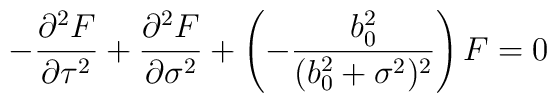
-\frac{{\partial}^{2}F}{{\partial}\tau^{2}} +\frac{{\partial}^{2}F}{{\partial}\sigma^{2}} + \left (-\frac{b_{0}^{2}}{(b_{0}^{2} + \sigma^{2})^{2}} \right ) F = 0